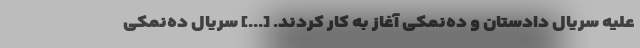
علیه سریال دادستان و ده‌نمکی آغاز به کار کردند. [...] سریال ده‌نمکی